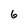
Character: 6